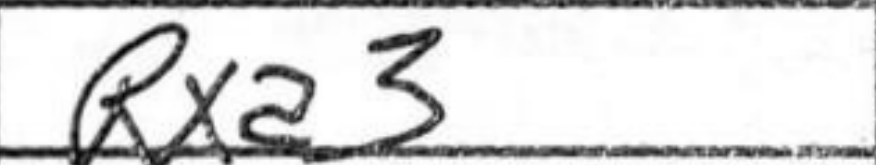
Transcription: Rxa3